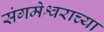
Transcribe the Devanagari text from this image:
संगमेश्वराच्या